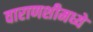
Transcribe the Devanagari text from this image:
वाराणशीमध्ये